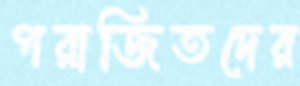
পরাজিতদের